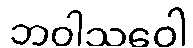
ဘဝါသဝေါ